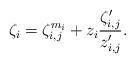
LaTeX: \begin{align*} \zeta_i = \zeta_{i,j}^{m_i} + z_i \frac{\zeta_{i,j}'}{z_{i,j}'}. \end{align*}